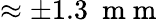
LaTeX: \approx\pm 1.3~\mathrm{~m~m~}